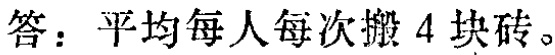
答：平均每人每次搬 4 块砖。